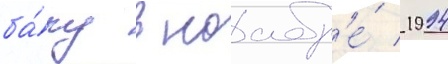
ба́ку в ноабр'е́ 1994